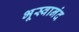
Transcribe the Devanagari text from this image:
भूस्वानंद